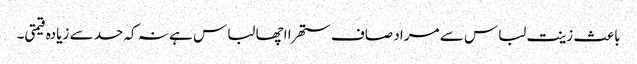
باعث زینت لباس سے مراد صاف ستھرا اچھا لباس ہے نہ کہ حد سے زیادہ قیمتی۔